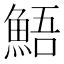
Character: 鯃